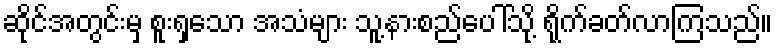
ဆိုင်အတွင်းမှ စူးရှသော အသံများ သူ့နားစည်ပေါ်သို့ ရိုက်ခတ်လာကြသည်။